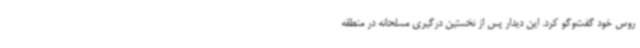
روس خود گفت‌وگو کرد. این دیدار پس از نخستین درگیری مسلحانه در منطقه